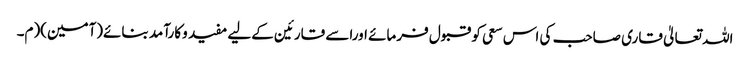
اللہ تعالیٰ قاری صاحب کی اس سعی کو قبول فرمائے اوراسے قارئین کےلیے مفید وکارآمد بنائے(آمین)(م۔